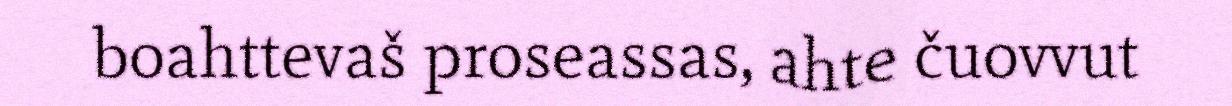
boahttevaš proseassas, ahte čuovvut